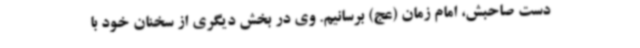
دست صاحبش، امام زمان (عج) برسانیم. وی در بخش دیگری از سخنان خود با